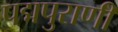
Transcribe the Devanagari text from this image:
पद्मपुराणी